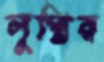
লুপ্তির